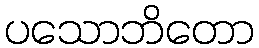
ပသောဘိတော